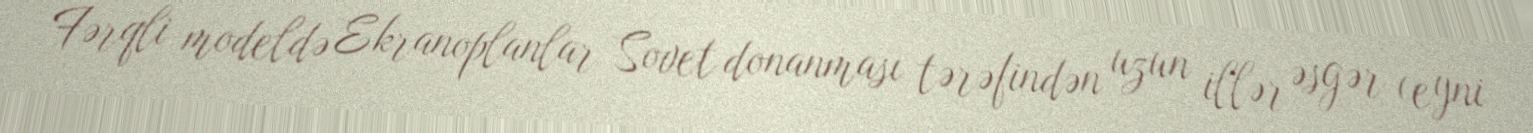
Fərqli modeldə Ekranoplanlar Sovet donanması tərəfindən uzun illər əsgər (eyni